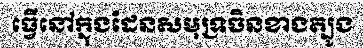
ធ្វើនៅក្នុងដែនសមុទ្រចិនខាងត្បូង